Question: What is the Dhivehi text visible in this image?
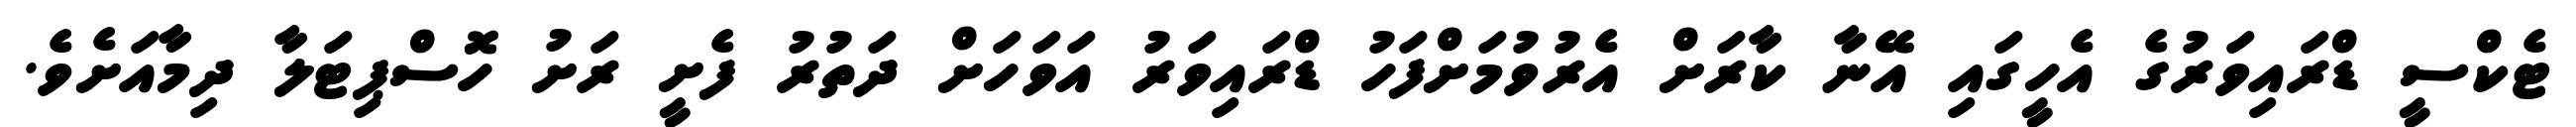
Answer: ޓެކްސީ ޑްރައިވަރުގެ އެހީގައި އޭނާ ކާރަށް އެރުވުމަށްފަހު ޑްރައިވަރު އަވަހަށް ދަތުރު ފެށީ ރަށު ހޮސްޕިޓަލާ ދިމާއަށެވެ.